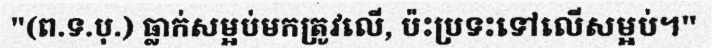
"(ព.ទ.បុ.) ធ្លាក់សម្អប់មកត្រូវលើ, ប៉ះប្រទះទៅលើសម្អប់។"